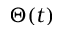
\Theta ( t )